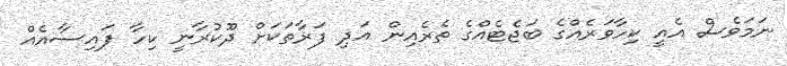
ނަމަވެސް އެއީ ކިހާވަރެއްގެ ބަޖެޓެއްގެ ތެރެއިން އަދި ފަރާތަކަށް ދޫކުރާނީ ކިހާ ފައިސާއެއް